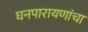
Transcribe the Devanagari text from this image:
घनपारायणांचा